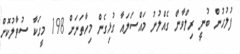
ފުލުހުން ބުނީ ރިލްވާން ގެއްލުނު މައްސަލައާ ގުޅިގެން މިހާތަނަށް 198 މީހަކާ ސުވާލުކޮށް